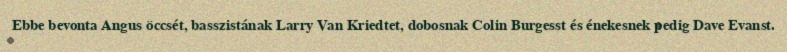
Ebbe bevonta Angus öccsét, basszistának Larry Van Kriedtet, dobosnak Colin Burgesst és énekesnek pedig Dave Evanst.